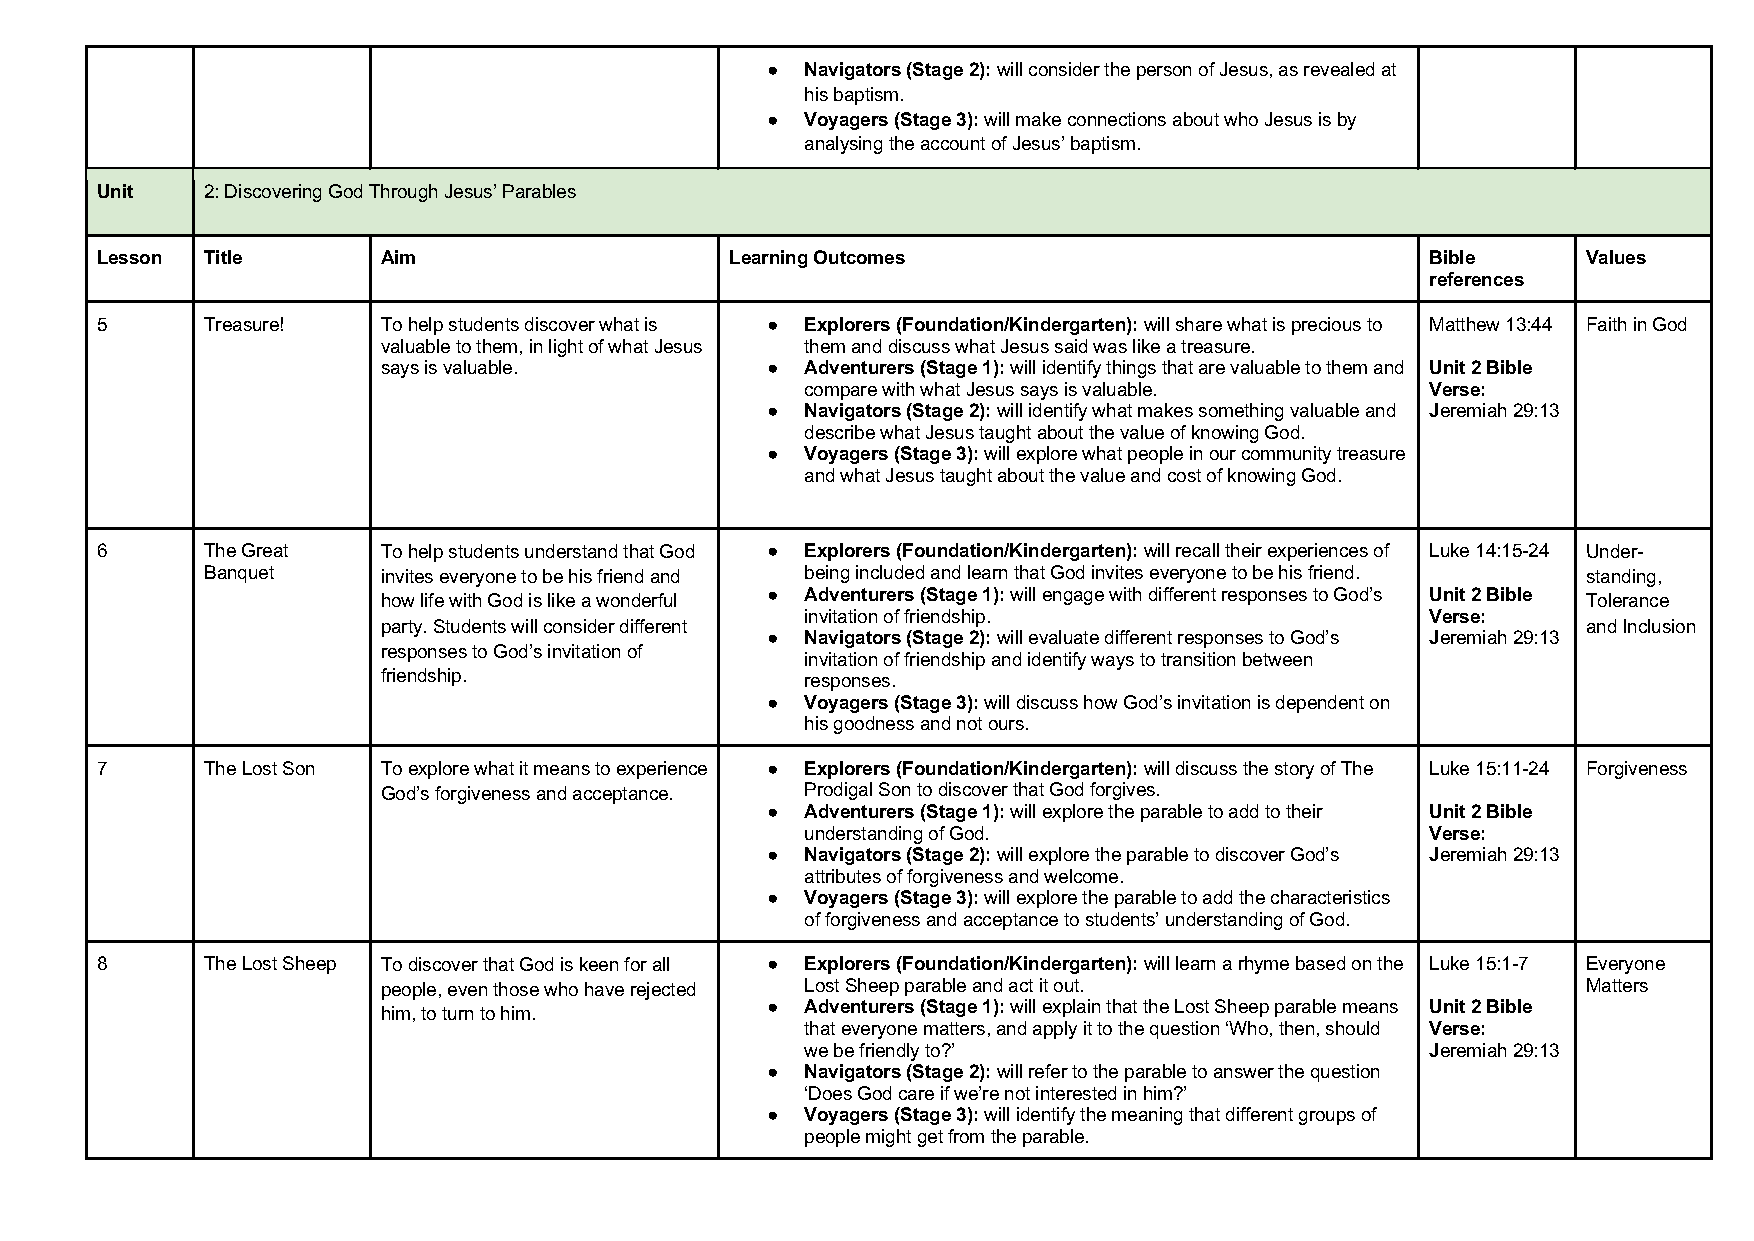
● Navigators (Stage 2): will consider the person of Jesus, as revealed at
 his baptism.
 ● Voyagers (Stage 3): will make connections about who Jesus is by
 analysing the account of Jesus’ baptism.
 Unit    2: Discovering God Through Jesus’ Parables
 Lesson  Title      Aim                    Learning Outcomes                              Bible     Values
 references
 5       Treasure!  To help students discover what is ● Explorers (Foundation/Kindergarten): will share what is precious to Matthew 13:44 Faith in God
 valuable to them, in light of what Jesus them and discuss what Jesus said was like a treasure.
 says is valuable.         ● Adventurers (Stage 1): will identify things that are valuable to them and Unit 2 Bible
 compare with what Jesus says is valuable. Verse:
 ● Navigators (Stage 2): will identify what makes something valuable and Jeremiah 29:13
 describe what Jesus taught about the value of knowing God.
 ● Voyagers (Stage 3): will explore what people in our community treasure
 and what Jesus taught about the value and cost of knowing God.
 6       The Great  To help students understand that God ● Explorers (Foundation/Kindergarten): will recall their experiences of Luke 14:15-24 Under-
 Banquet    invites everyone to be his friend and being included and learn that God invites everyone to be his friend. standing,
 ● Adventurers (Stage 1): will engage with different responses to God’s Unit 2 Bible
 how life with God is like a wonderful                                           Tolerance
 invitation of friendship.                 Verse:
 party. Students will consider different                                         and Inclusion
 ● Navigators (Stage 2): will evaluate different responses to God’s Jeremiah 29:13
 responses to God’s invitation of
 invitation of friendship and identify ways to transition between
 friendship.                 responses.
 ● Voyagers (Stage 3): will discuss how God’s invitation is dependent on
 his goodness and not ours.
 7       The Lost Son To explore what it means to experience ● Explorers (Foundation/Kindergarten): will discuss the story of The Luke 15:11-24 Forgiveness
 God’s forgiveness and acceptance. Prodigal Son to discover that God forgives.
 ● Adventurers (Stage 1): will explore the parable to add to their Unit 2 Bible
 understanding of God.                     Verse:
 ● Navigators (Stage 2): will explore the parable to discover God’s Jeremiah 29:13
 attributes of forgiveness and welcome.
 ● Voyagers (Stage 3): will explore the parable to add the characteristics
 of forgiveness and acceptance to students’ understanding of God.
 8       The Lost Sheep To discover that God is keen for all ● Explorers (Foundation/Kindergarten): will learn a rhyme based on the Luke 15:1-7 Everyone
 people, even those who have rejected Lost Sheep parable and act it out.         Matters
 ● Adventurers (Stage 1): will explain that the Lost Sheep parable means Unit 2 Bible
 him, to turn to him.
 that everyone matters, and apply it to the question ‘Who, then, should Verse:
 we be friendly to?’                       Jeremiah 29:13
 ● Navigators (Stage 2): will refer to the parable to answer the question
 ‘Does God care if we’re not interested in him?’
 ● Voyagers (Stage 3): will identify the meaning that different groups of
 people might get from the parable.